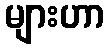
များဟာ